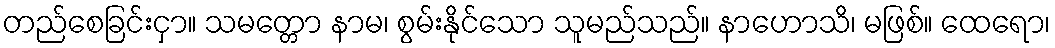
တည်စေခြင်းငှာ။ သမတ္တော နာမ၊ စွမ်းနိုင်သော သူမည်သည်။ နာဟောသိ၊ မဖြစ်။ ထေရော၊